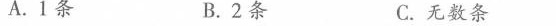
A.1条 B.2条 C.无数条